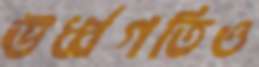
ঊর্ধ্বগতিও